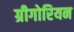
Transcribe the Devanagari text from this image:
ग्रीगोरियन